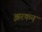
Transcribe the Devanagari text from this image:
झरकन